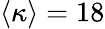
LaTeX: \langle\kappa\rangle=18